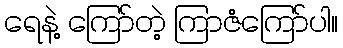
ရေနဲ့ ကြော်တဲ့ ကြာဇံကြော်ပါ။